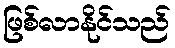
ဖြစ်လာနိုင်သည်